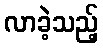
လာခဲ့သည့်